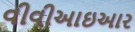
વીવીઆઇઆર